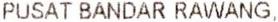
PUSAT BANDAR RAWANG,